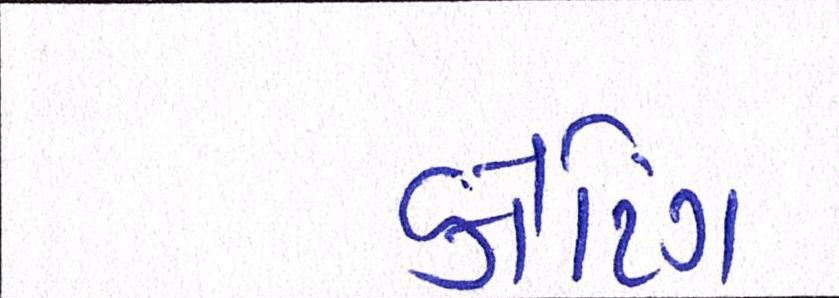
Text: કોટિંગ